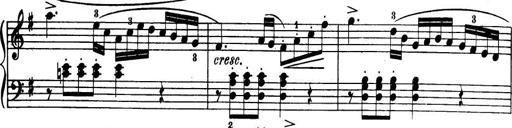
Title: 32 Sonatinas and Rondos for the Piano
Composer: Richard Kleinmichel